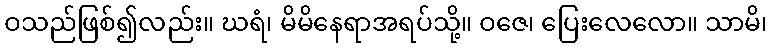
ဝသည်ဖြစ်၍လည်း။ ဃရံ၊ မိမိနေရာအရပ်သို့။ ဝဇေ၊ ပြေးလေလော။ သာမိ၊